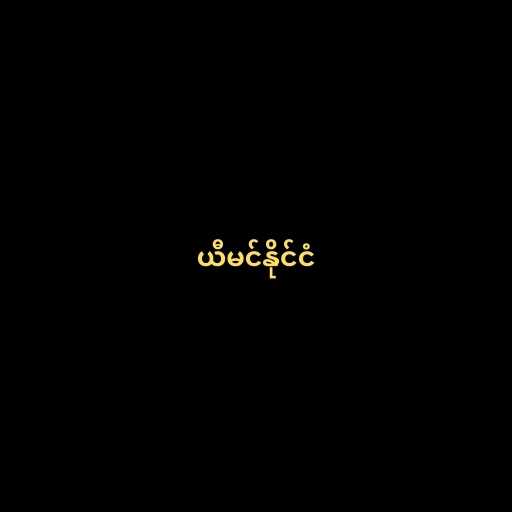
ယီမင်နိုင်ငံ